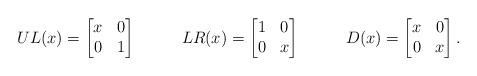
LaTeX: \begin{align*}UL(x)&= \begin{bmatrix} x&0\\0&1\end{bmatrix}& LR(x) &= \begin{bmatrix} 1&0\\0&x\end{bmatrix}&D(x)&= \begin{bmatrix} x&0\\0&x\end{bmatrix}.\end{align*}